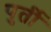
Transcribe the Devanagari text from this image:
पुर्ती